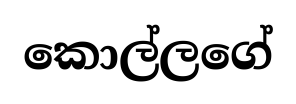
කොල්ලගේ